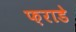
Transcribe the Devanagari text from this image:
फ़राडे